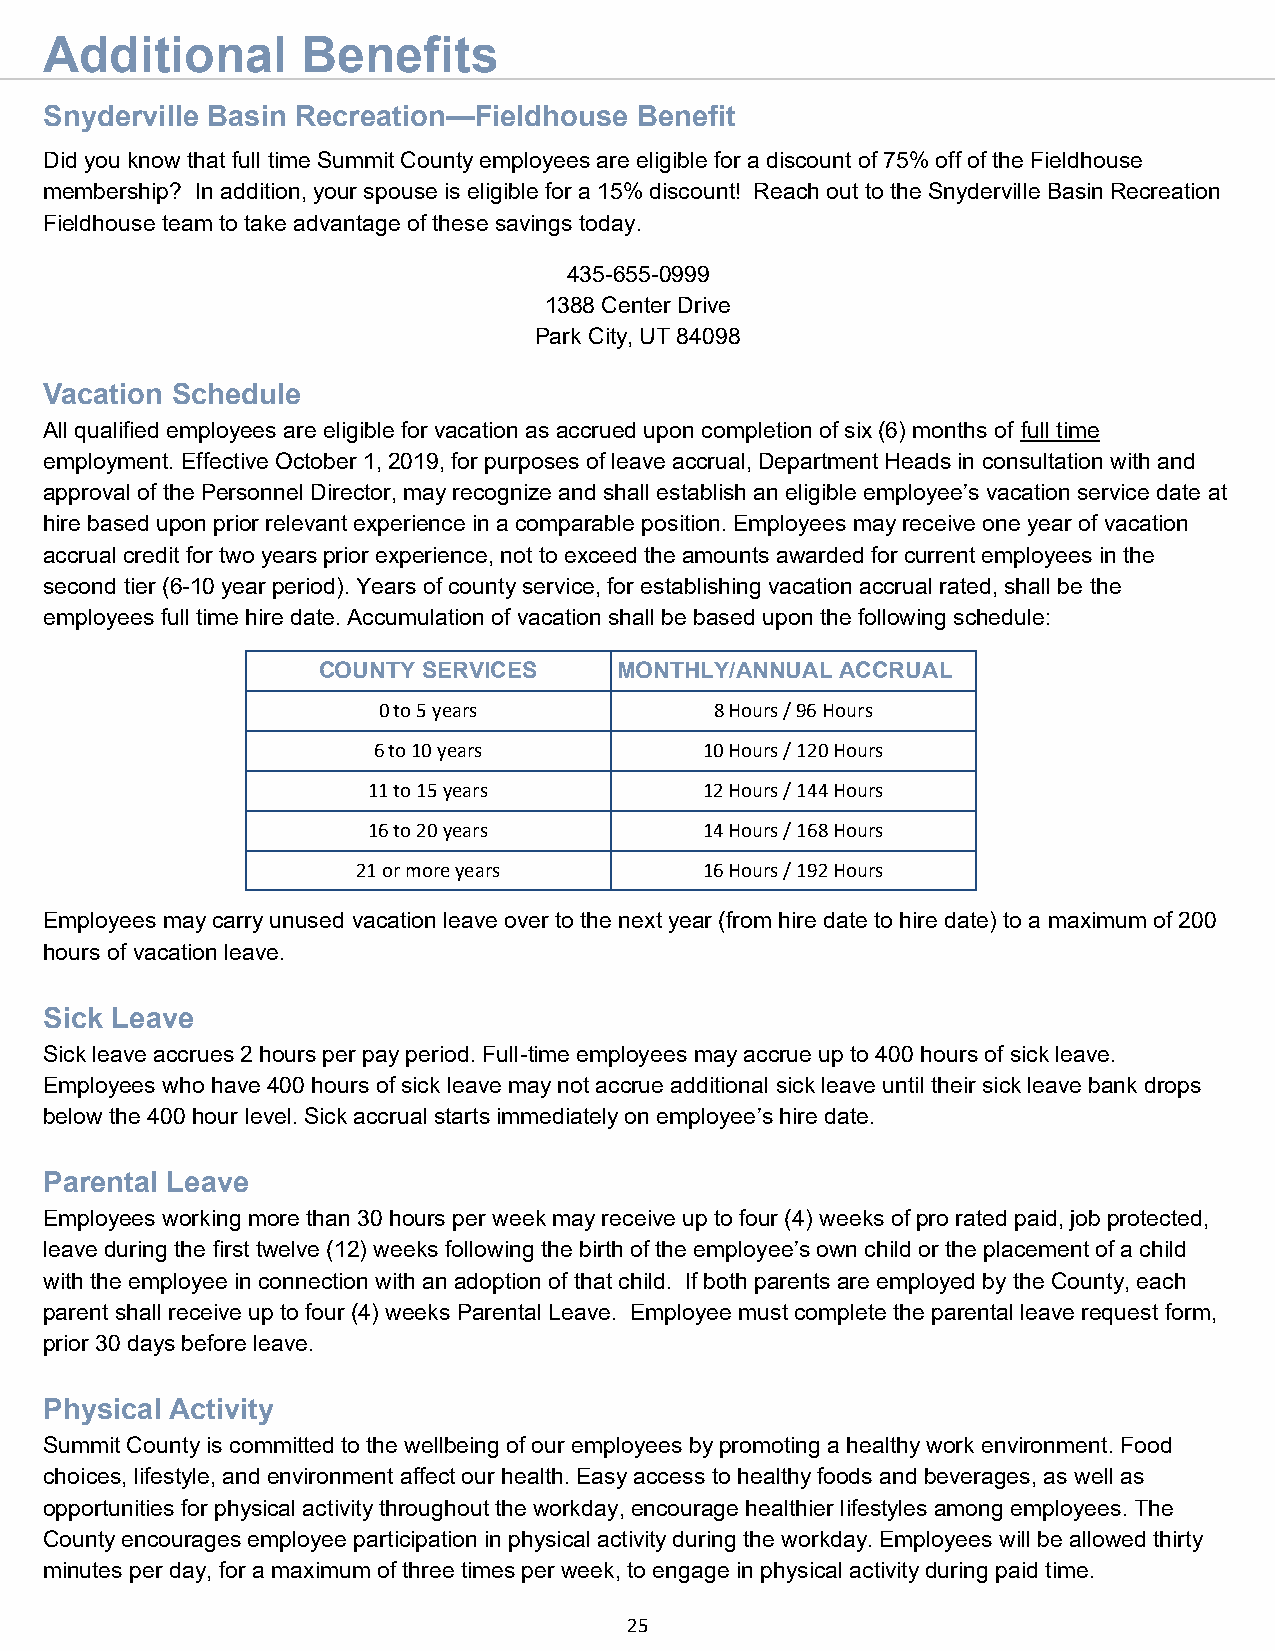
Additional       Benefits
 Snyderville Basin Recreation—Fieldhouse Benefit
 Did you know that full time Summit County employees are eligible for a discount of 75% off of the Fieldhouse
 membership? In addition, your spouse is eligible for a 15% discount! Reach out to the Snyderville Basin Recreation
 Fieldhouse team to take advantage of these savings today.
 435-655-0999
 1388 Center Drive
 Park City, UT 84098
 Vacation Schedule
 All qualified employees are eligible for vacation as accrued upon completion of six (6) months of full time
 employment. Effective October 1, 2019, for purposes of leave accrual, Department Heads in consultation with and
 approval of the Personnel Director, may recognize and shall establish an eligible employee’s vacation service date at
 hire based upon prior relevant experience in a comparable position. Employees may receive one year of vacation
 accrual credit for two years prior experience, not to exceed the amounts awarded for current employees in the
 second tier (6-10 year period). Years of county service, for establishing vacation accrual rated, shall be the
 employees full time hire date. Accumulation of vacation shall be based upon the following schedule:
 COUNTY SERVICES     MONTHLY/ANNUAL ACCRUAL
 0 to 5 years          8 Hours / 96 Hours
 6 to 10 years         10 Hours / 120 Hours
 11 to 15 years         12 Hours / 144 Hours
 16 to 20 years         14 Hours / 168 Hours
 21 or more years       16 Hours / 192 Hours
 Employees may carry unused vacation leave over to the next year (from hire date to hire date) to a maximum of 200
 hours of vacation leave.
 Sick Leave
 Sick leave accrues 2 hours per pay period. Full-time employees may accrue up to 400 hours of sick leave.
 Employees who have 400 hours of sick leave may not accrue additional sick leave until their sick leave bank drops
 below the 400 hour level. Sick accrual starts immediately on employee’s hire date.
 Parental Leave
 Employees working more than 30 hours per week may receive up to four (4) weeks of pro rated paid, job protected,
 leave during the first twelve (12) weeks following the birth of the employee’s own child or the placement of a child
 with the employee in connection with an adoption of that child. If both parents are employed by the County, each
 parent shall receive up to four (4) weeks Parental Leave. Employee must complete the parental leave request form,
 prior 30 days before leave.
 Physical Activity
 Summit County is committed to the wellbeing of our employees by promoting a healthy work environment. Food
 choices, lifestyle, and environment affect our health. Easy access to healthy foods and beverages, as well as
 opportunities for physical activity throughout the workday, encourage healthier lifestyles among employees. The
 County encourages employee participation in physical activity during the workday. Employees will be allowed thirty
 minutes per day, for a maximum of three times per week, to engage in physical activity during paid time.
 25